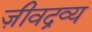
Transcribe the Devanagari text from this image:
ज़ीवद्रव्य